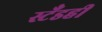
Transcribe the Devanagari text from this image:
स्टँडही